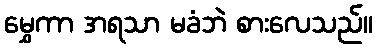
မွှေကာ အရသာ မခံဘဲ စားလေသည်။